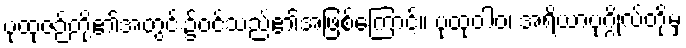
ပုထုဇဉ်တို့၏အတွင်း၌ဝင်သည်၏အဖြစ်ကြောင့်။ ပုထုဝါဝ၊ အရိယာပုဂ္ဂိုလ်တို့မှ